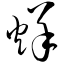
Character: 烊